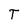
Character: T